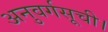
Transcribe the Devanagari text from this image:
अनुवर्गसूची।